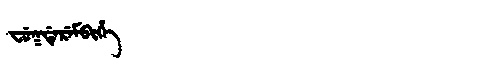
Manchu: ᠸᡠᡴᡩᡝᡵᡝᠮᠪᡳᡥᡝ
Romanization: FUKDEREMBIHE